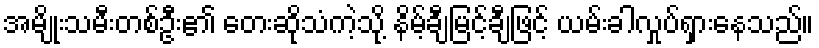
အမျိုးသမီးတစ်ဦး၏ တေးဆိုသံကဲ့သို့ နိမ့်ချီမြင့်ချီဖြင့် ယမ်းခါလှုပ်ရှားနေသည်။